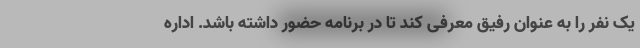
یک نفر را به عنوان رفیق معرفی کند تا در برنامه حضور داشته باشد. اداره